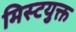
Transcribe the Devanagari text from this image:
मिस्टयुक्त